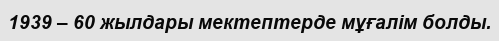
1939 – 60 жылдары мектептерде мұғалім болды.